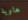
هاوية